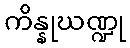
ကိန္နုဃဏ္ဍု